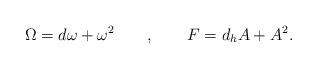
LaTeX: \begin{align*} \Omega = d\omega + \omega^{2} \quad \quad , \quad \quad F = d_{h}A + A^{2}.\end{align*}